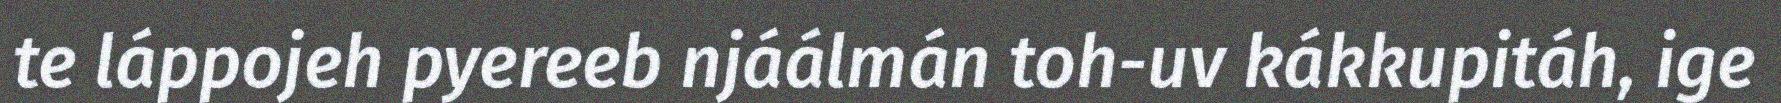
te láppojeh pyereeb njáálmán toh-uv kákkupitáh, ige